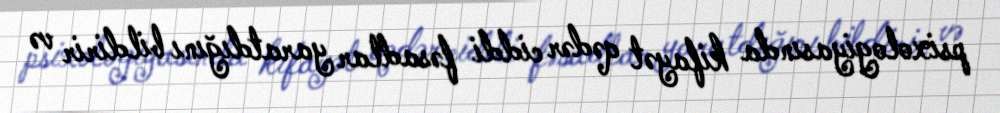
psixologiyasında kifayət qədər ciddi fəsadlar yaratdığını bildirir və